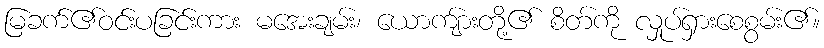
မြခက်၏ဝင်းပခြင်းကား မအေးချမ်း၊ ယောကျ်ားတို့၏ စိတ်ကို လှုပ်ရှားစေစွမ်း၏။